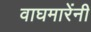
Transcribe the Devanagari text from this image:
वाघमारेंनी